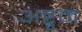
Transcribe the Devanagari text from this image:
अष्टृम